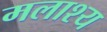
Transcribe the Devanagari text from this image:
मलाश्य